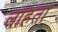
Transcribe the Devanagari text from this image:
लाहता